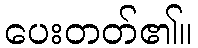
ပေးတတ်၏။